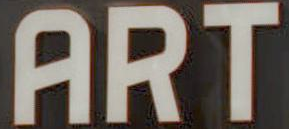
ART